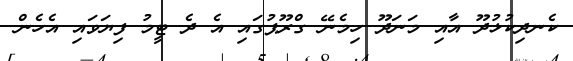
ކެނދިކުޅުދޫ އާއި މަނަދޫ ހިމެނޭ ގްރޫޕުގައި އެ ދެ ޓީމު ފިޔަވައި އެހެން